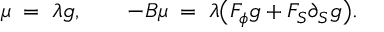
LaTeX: \mu \; = \; \lambda g , \qquad - B \mu \; = \; \lambda \bigl ( F _ { \phi } g + F _ { S } \partial _ { S } g \bigr ) .